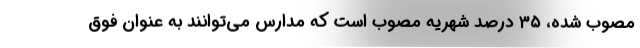
مصوب شده، ۳۵ درصدِ شهریه مصوب است که مدارس می‌توانند به عنوان فوق